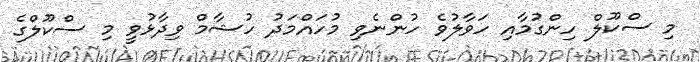
މި ސްކޫލް ހިންގުމާއި ހަވާލުވެ ހުންނެވި މުހައްމަދު ހުޝާމް ވިދާޅުވީ މި ސްކޫލްގެ